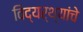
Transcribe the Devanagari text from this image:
विद्यर्थ्यांचे